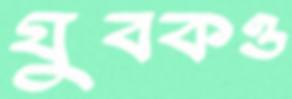
যুবকও